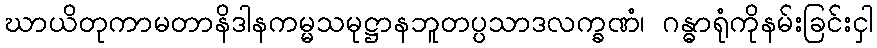
ဃာယိတုကာမတာနိဒါနကမ္မသမုဋ္ဌာနဘူတပ္ပသာဒလက္ခဏံ၊ ဂန္ဓာရုံကိုနမ်းခြင်းငှါ